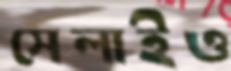
সেলাইও